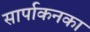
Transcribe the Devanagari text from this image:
सार्पाकनका